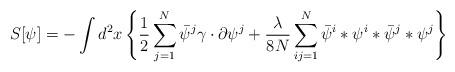
LaTeX: \begin{align*}S[\psi]=-\int d^2x \left\{ \frac{1}{2}\sum_{j=1}^N\bar\psi^j\gamma\cdot\partial\psi^j+\frac{\lambda}{8N}\sum_{ij=1}^N\bar\psi^i*\psi^i*\bar\psi^j*\psi^j\right\}\end{align*}